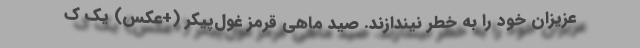
عزیزان خود را به خطر نیندازند. صید ماهی قرمز غول‌پیکر (+عکس) یک ک